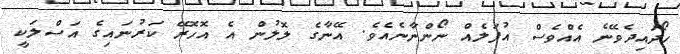
ހޯދައިދެވޭނެ އެއްވެސް އުފަލެއް ނޯންނާނެއެވެ. އޭނާގެ ލޮލުން އެ އޮހޮރޭ ކަރުނައިގެ އަސްލަކީ